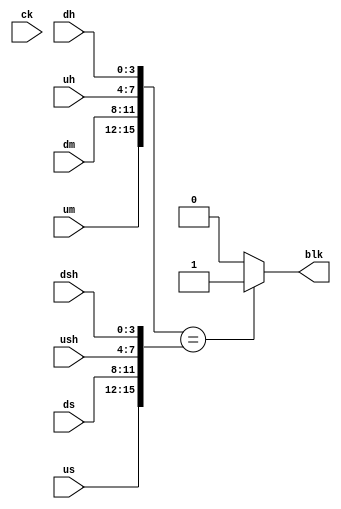
`timescale 1ns / 1ps
//////////////////////////////////////////////////////////////////////////////////
// Company: 
// Engineer: 
// 
// Design Name: 
// Module Name: blink
// Project Name: 
// Target Devices: 
// Tool Versions: 
// Description: 
// 
// Dependencies: 
// 
// Revision:
// Revision 0.01 - File Created
// Additional Comments:
// 
//////////////////////////////////////////////////////////////////////////////////


module blink( input ck,
 input [3:0] um,
 input [3:0] dm,
 input [3:0] uh,
 input [3:0] dh, 
 input [3:0] us, 
 input [3:0] ds,
 input [3:0] ush, 
 input [3:0] dsh,
 output blk

    );
    assign blk =({um,dm,uh,dh}=={us,ds,ush,dsh})?1:0;
    
endmodule